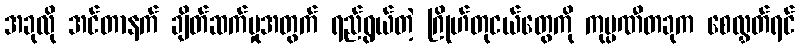
အခုလို အင်တာနက် ချိတ်ဆက်မှုအတွက် ရည်ရွယ်တဲ့ ဂြိုဟ်တုငယ်တွေကို ကုမ္ပဏီတခုက စေလွှတ်ရင်